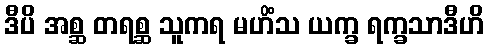
ဒီပိ အစ္ဆ တရစ္ဆ သူကရ မဟိံသ ယက္ခ ရက္ခသာဒီဟိ